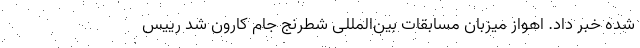
شده خبر داد. اهواز میزبان مسابقات بین‌المللی شطرنج جام کارون شد رییس